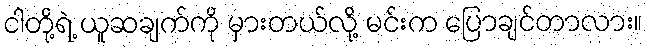
ငါတို့ရဲ့ ယူဆချက်ကို မှားတယ်လို့ မင်းက ပြောချင်တာလား။